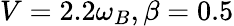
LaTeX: V=2.2\omega_{B},\beta=0.5